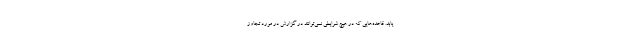
یابد. قاعده‌هایی که در هیچ شرایطی نمی‌توانند در گزارش در مورد تجاوز